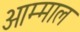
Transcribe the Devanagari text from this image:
आम्माल